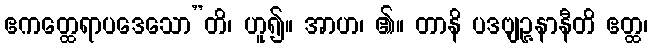
ဧကတ္ထေရာပဒေသော”တိ၊ ဟူ၍။ အာဟ၊ ၏။ တာနိ ပဒဗျဉ္ဇနာနီတိ ဧတ္ထ၊